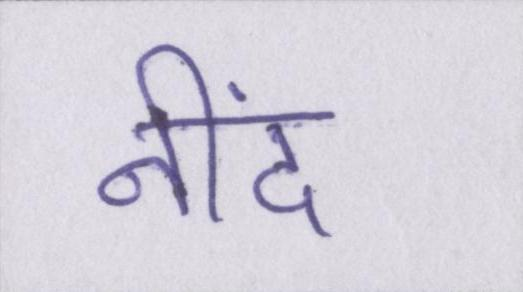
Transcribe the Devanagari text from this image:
नींद